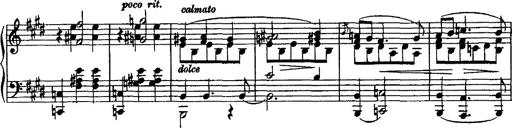
Title: Valse mÃ©lancolique
Composer: Paul Vidal
Key: F-sharp minor